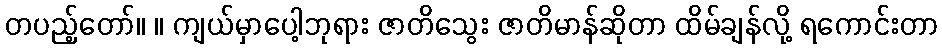
တပည့်တော်။ ။ ကျယ်မှာပေါ့ဘုရား ဇာတိသွေး ဇာတိမာန်ဆိုတာ ထိမ်ချန်လို့ ရကောင်းတာ